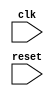
module riscv_bus_controller(
    input wire clk,
    input wire reset,
    // other inputs and outputs

    // define timing control block
    // logic to generate clock signals for processor and peripherals
    // manage data transfer timings

    // define synchronization block
    // ensure read and write operations are aligned with clock cycles
);

// Verilog code for timing control block
// logic to generate clock signals for processor and peripherals
// manage data transfer timings

// Verilog code for synchronization block
// ensure read and write operations are aligned with clock cycles

endmodule